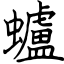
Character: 蠦